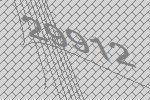
29912